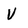
Character: V